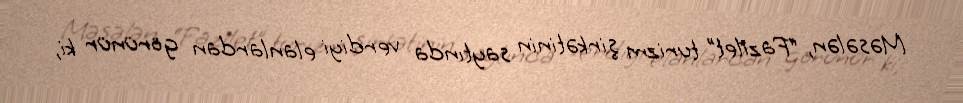
Məsələn, “Fazilet” turizm şirkətinin saytında verdiyi elanlardan görünür ki,